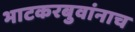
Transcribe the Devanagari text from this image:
भाटकरबुवांनाच